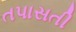
તપાસતી